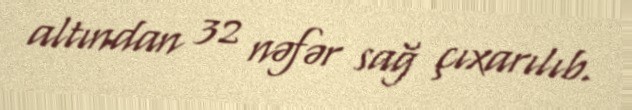
altından 32 nəfər sağ çıxarılıb.